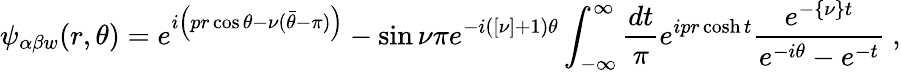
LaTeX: \psi_{\alpha\beta w}(r,\theta)=e^{i\left(pr\cos\theta-\nu({\bar{\theta}}-\pi)\right)}-\sin\nu\pi e^{-i([\nu]+1)\theta}\int_{-\infty}^{\infty}{\frac{dt}{\pi}}e^{ipr\cosh t}{\frac{e^{-\{ \nu\} t}}{e^{-i\theta}-e^{-t}}}\ ,